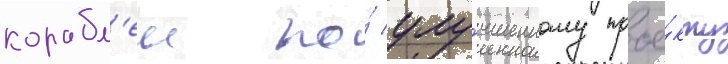
корабл'еи по́ улу́чшенному прое́кту